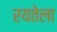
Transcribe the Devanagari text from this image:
रयतेला